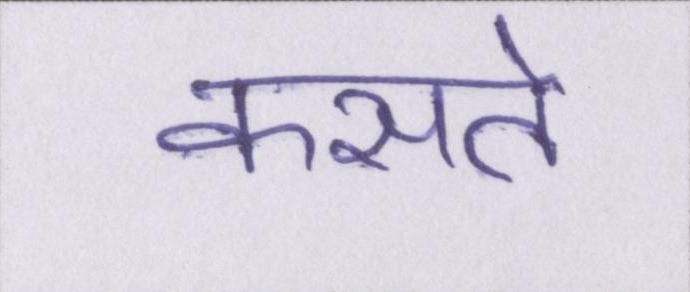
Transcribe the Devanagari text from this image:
कसते